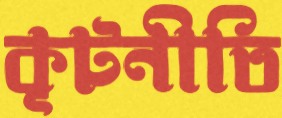
কূটনীতি